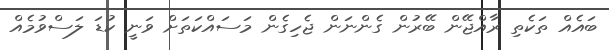
ބައެއް ތަކެތި ރާއްޖޭން ބޭރުން ގެންނަން ޖެހިގެން މަސައްކަތަށް ވަނީ ކުޑަ ލަސްވުމެއް